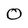
Character: 0